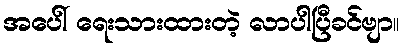
အပေါ် ရေးသားထားတဲ့ လာပါပြီခင်ဗျာ။